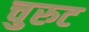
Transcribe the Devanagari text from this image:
चुरुट